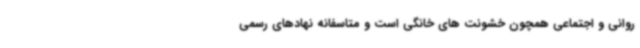
روانی و اجتماعی همچون خشونت های خانگی است و متاسفانه نهادهای رسمی